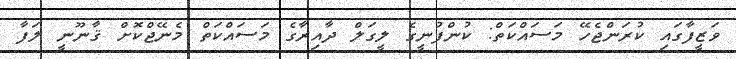
ވަޒީފާގައި ކުރަންޖެހޭ މަސައްކަތް: ކުންފުނީގެ ލީގަލް ދާއިރާގެ މަސައްކަތް މެނޭޖްކޮށް ޤާނޫނީ ލަފާ